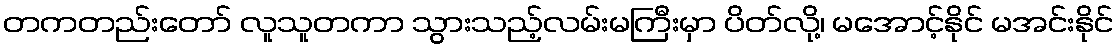
တကတည်းတော် လူသူတကာ သွားသည့်လမ်းမကြီးမှာ ပိတ်လို့၊ မအောင့်နိုင် မအင်းနိုင်